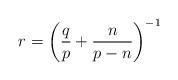
LaTeX: \begin{align*}r = \left( \frac{q}{p} + \frac{n}{p-n} \right)^{-1} \end{align*}